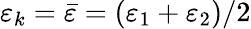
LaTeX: \varepsilon_{k}=\bar{\varepsilon}=(\varepsilon_{1}+\varepsilon_{2})/2